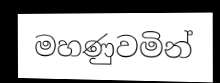
මහණුවමින්